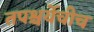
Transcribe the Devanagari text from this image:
तपश्चर्येचीच